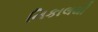
નિકાલથી